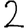
Digit: 2